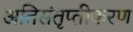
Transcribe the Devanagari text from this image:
अतिसंतृप्तीकरण